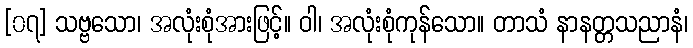
[၀၇] သဗ္ဗသော၊ အလုံးစုံအားဖြင့်။ ဝါ၊ အလုံးစုံကုန်သော။ တာသံ နာနတ္တသညာနံ၊